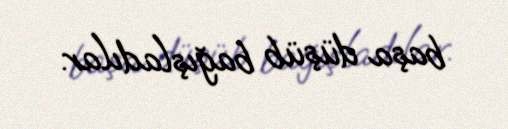
başa düşüb bağışladılar.